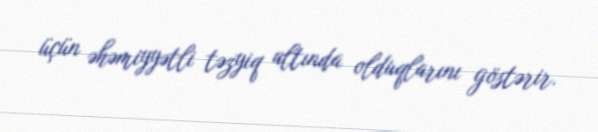
üçün əhəmiyyətli təzyiq altında olduqlarını göstərir.